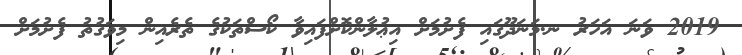
2019 ވަނަ އަހަރު ނ.މަނަދޫގައި ފެށުމަށް އިޢުލާންކޮށްފައިވާ ކޯސްތަކުގެ ތެރެއިން މިވަގުތު ފެށުމަށް